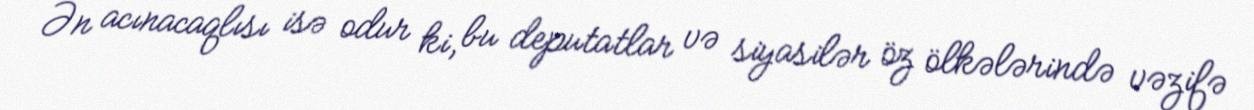
Ən acınacaqlısı isə odur ki, bu deputatlar və siyasilər öz ölkələrində vəzifə